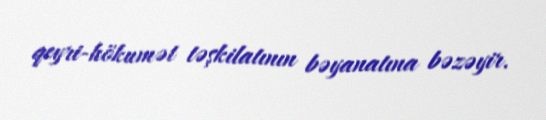
qeyri-hökumət təşkilatının bəyanatına bəzəyir.